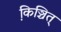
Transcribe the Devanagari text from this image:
कि़ञ्चित्